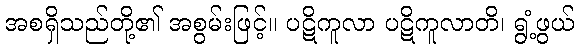
အစရှိသည်တို့၏ အစွမ်းဖြင့်။ ပဋိကူလာ ပဋိကူလာတိ၊ ရွံ့ဖွယ်